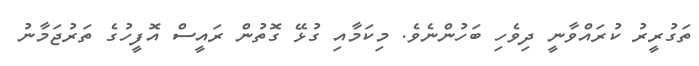
ތަގުރީރު ކުރައްވާނީ ދިވެހި ބަހުންނެވެ. މިކަމާއި ގުޅޭ ގޮތުން ރައީސް އޮފީހުގެ ތަރުޖަމާނު